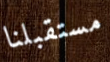
مستقبلنا